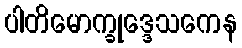
ပါတိမောက္ခုဒ္ဒေသကေန